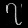
Digit: ၇